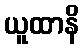
ယူထာနိ